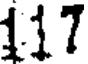
117